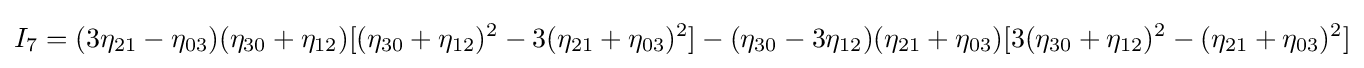
I_{7}=(3\eta _{21}-\eta _{03})(\eta _{30}+\eta _{12})[(\eta _{30}+\eta _{12})^{2}-3(\eta _{21}+\eta _{03})^{2}]-(\eta _{30}-3\eta _{12})(\eta _{21}+\eta _{03})[3(\eta _{30}+\eta _{12})^{2}-(\eta _{21}+\eta _{03})^{2}]